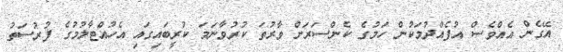
އޭގެން އެއްވެސް އުފެއްދުމަކުން ހަމުގެ ކެންސަރަށް ވާރުތަ ކުރުވާނަމަ ކުރީބައިގައި އެހުއްޓާލުމުގެ ފުރުސަތު